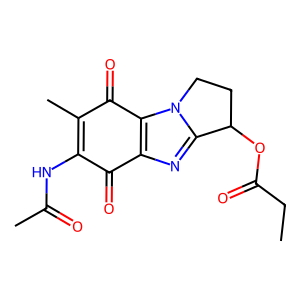
SMILES: CCC(=O)OC1CCn2c1nc1c2C(=O)C(C)=C(NC(C)=O)C1=O
Inhibits HIV replication: No